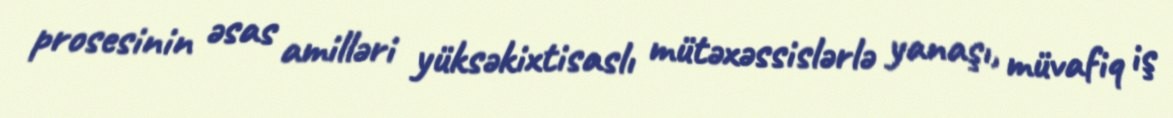
prosesinin əsas amilləri yüksəkixtisaslı mütəxəssislərlə yanaşı, müvafiq iş